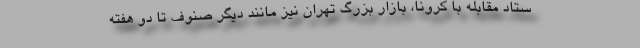
ستاد مقابله با کرونا، بازار بزرگ تهران نیز مانند دیگر صنوف تا دو هفته